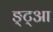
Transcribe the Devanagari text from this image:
ङ्ट्आ